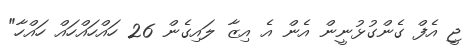
ޖީ އެފް ގެންގުޅުނީން އެން އެ އިޒާ ލައިގެން 26 ހައްހައްހައް ހައްހާ"